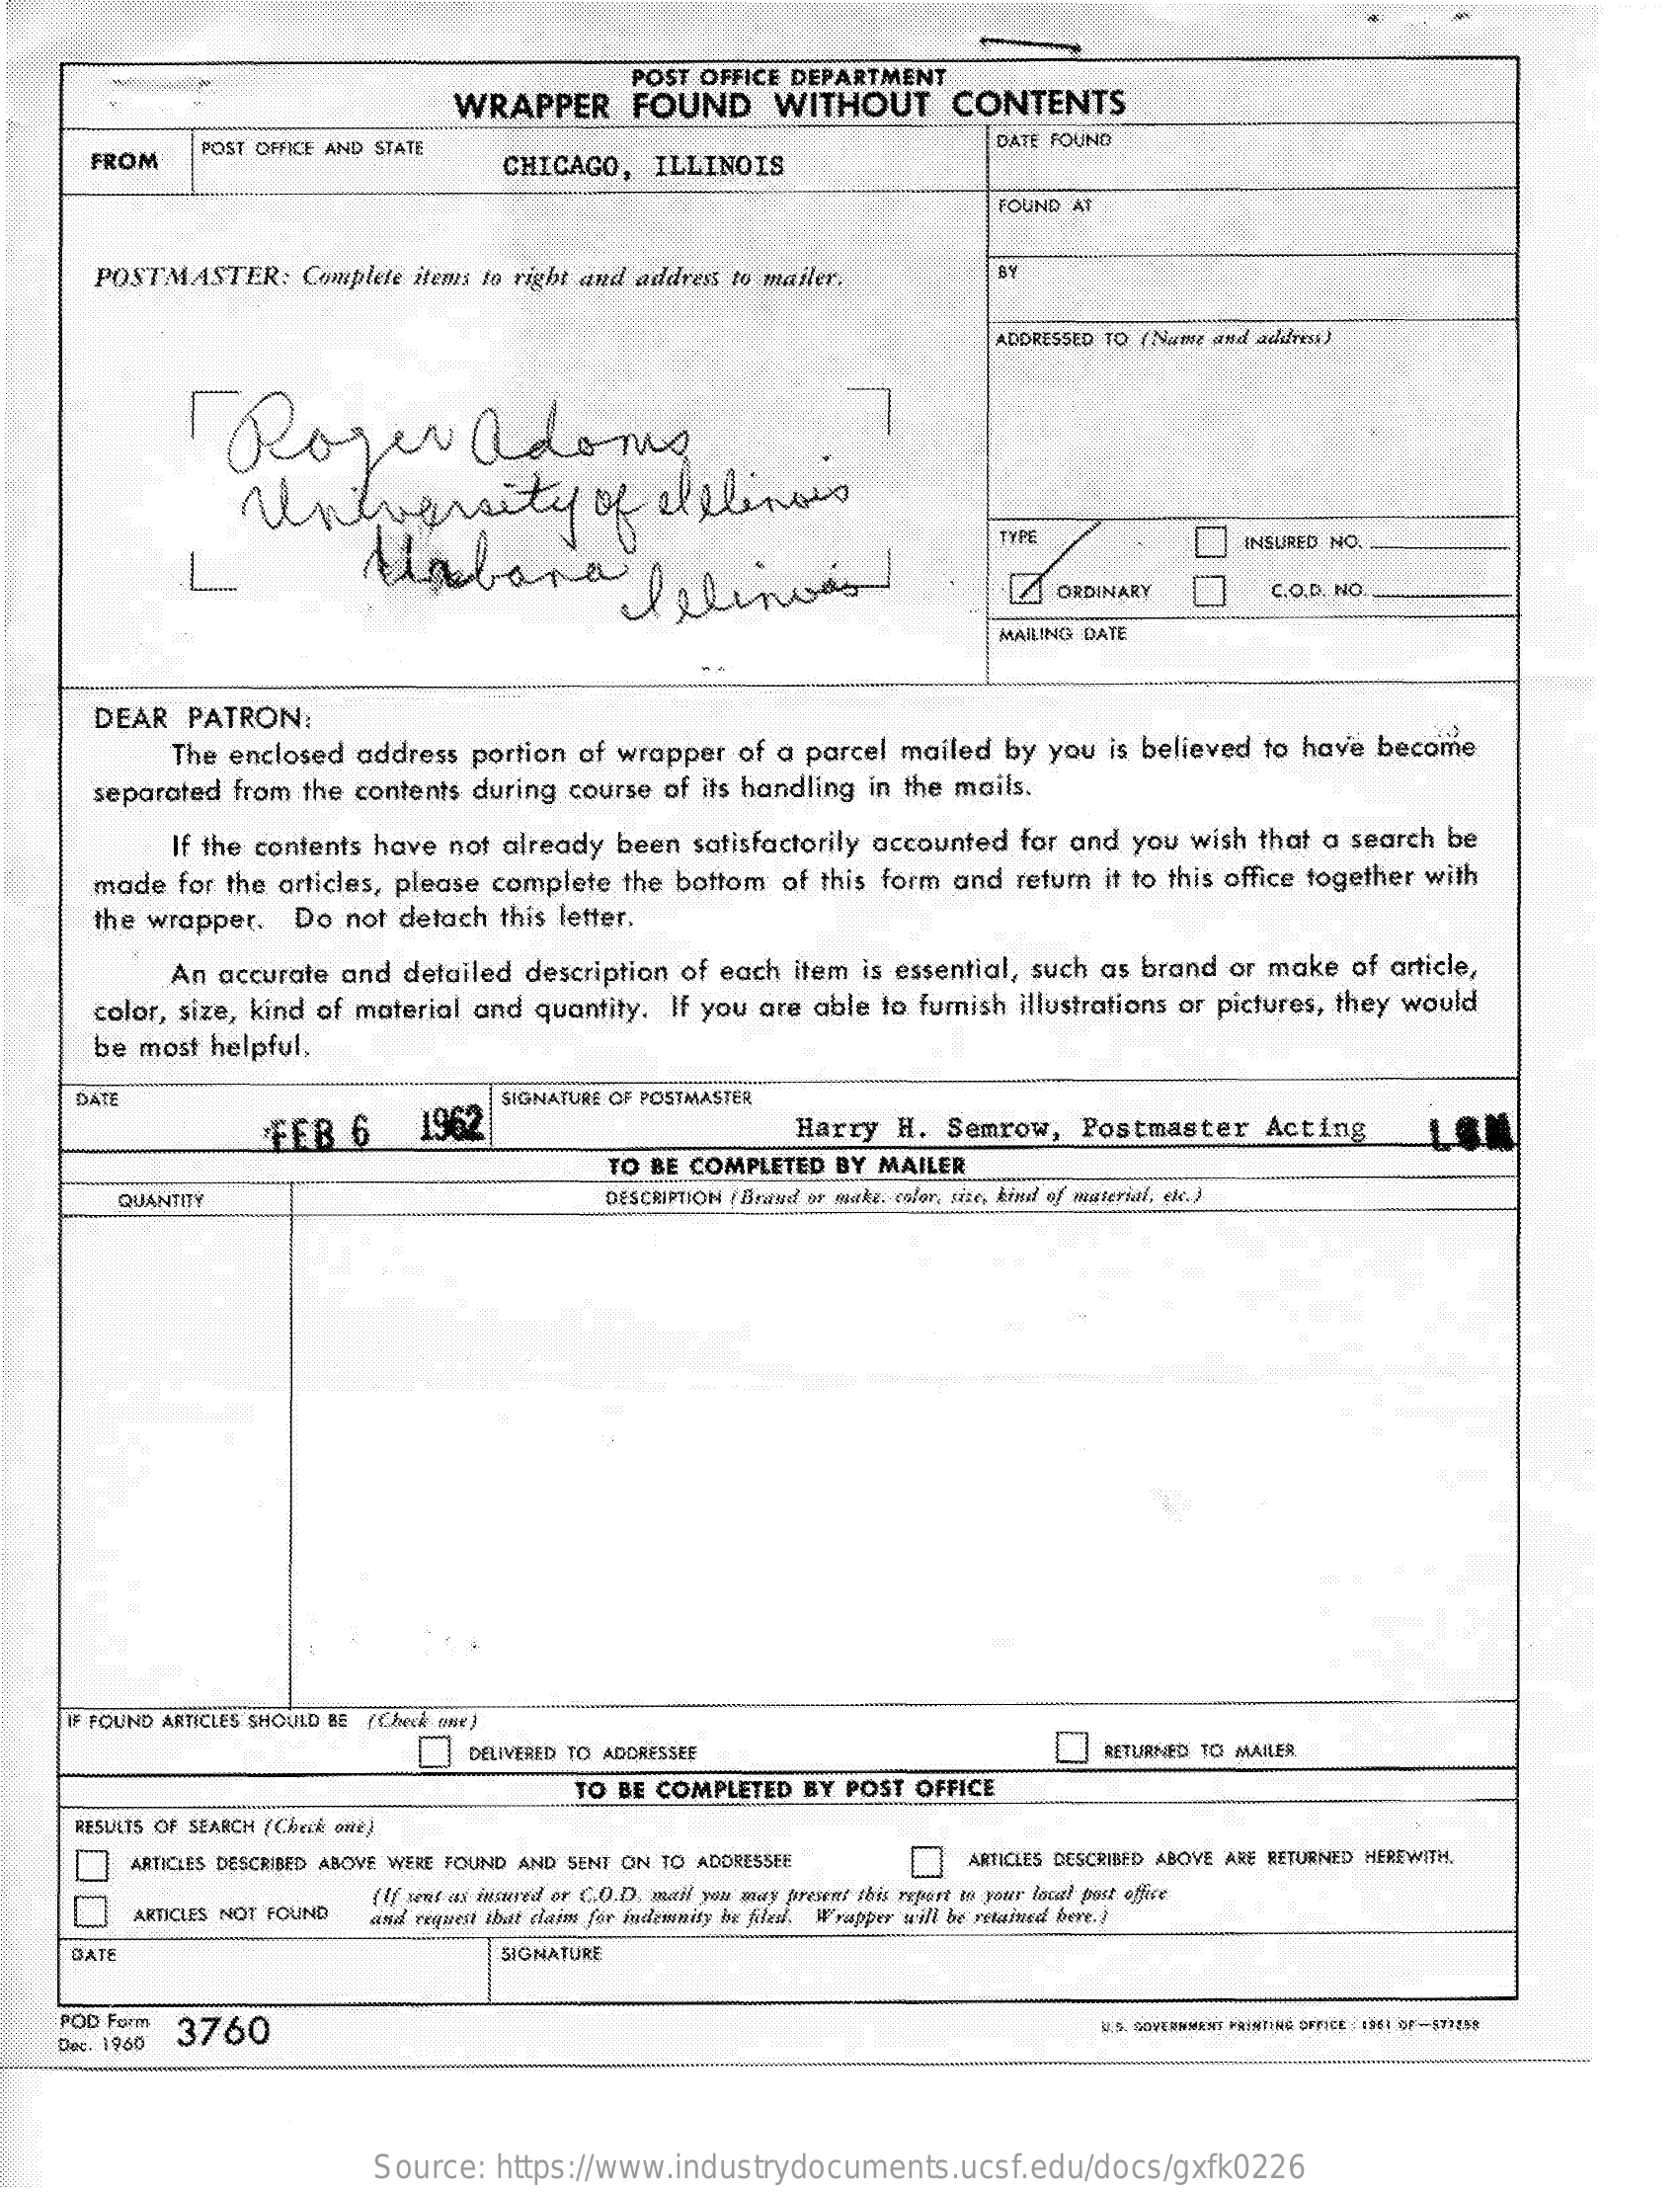
POST OFFICE DEPARTMENT
     WRAPPER    FOUND    WITHOUT    CONTENTS
     FROM
     POST OFFICE AND STATE
     CHICAGO,   ILLINOIS
     DATE FOUND
     FOUND AT
     POSTMASTER:   Complete items to right and address to mailer.
     ADDRESSED TO (Name and address)
     Roger    adoms.
     University    of  Illinois
     Malara    pelinwas
     TYPE    INSURED NO.
     ORDINARY    C.O.D. NO.
     MAILING DATE
     DEAR  PATRON:
     The enclosed address portion of wrapper of a parcel mailed by you is believed to have become
     separated from the contents during course of its handling in the mails.
     If the contents have not already been satisfactorily accounted for and you wish that a search be
     made for the articles, please complete the bottom of this form and return it to this office together with
     the wrapper. Do  not detach this letter.
     An accurate and detailed description of each item is essential, such as brand or make of article,
     color, size, kind of material and quantity. If you are able to furnish illustrations or pictures, they would
     be most helpful,
     DATE    SIGNATURE OF POSTMASTER
     FEB   6   1962    Harry  H. Semrow,   Postmaster   Acting
     TO BE COMPLETED BY MAILER
     QUANTITY    DESCRIPTION ( Brand os make, calor, size, kind of material, ek. ).
     #F FOUND ARTICLES SHOULD BE (Check one)
     DELIVERED TO ADDRESSEE    RETURNED TO MAILER
     TO BE COMPLETED BY POST OFFICE
     RESULTS OF SEARCH (Check one)
     ARTICLES DESCRIBED ABOVE WERE FOUND AND SENT ON TO ADDRESSEE ARTICLES DESCRIBED ABOVE ARE RETURNED HEREWITH.
     7  ARTICLES NOT FOUND
     (If sent as insured or C.O.D. mail you may present this report to your local post offire
     and request that claim for indemnity be filed. Wrapper will be retained bere. )
     DATE    SIGNATURE
     POD Form 3760
     Dec. 1960
     U.S. GOVERNMENT PRINTING OFFICE IEt or -531258
     Source: https://www.industrydocuments.ucsf.edu/docs/gxfk0226